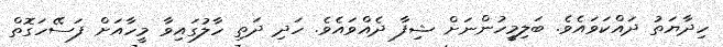
ހިދާޔަތު ދައްކަވައެވެ. ބަލިމީހުންނަށް ޝިފާ ދެއްވައެވެ. ހަދި ދަތި ހާލުގައިވާ މީހާއަށް ފަސޭހަގޮތް